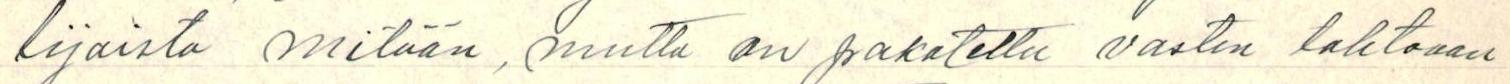
lijoista mitään, mutta on pakotettu vasten tahtoaan